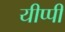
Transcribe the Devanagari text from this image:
यीप्पी